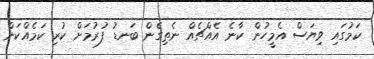
ކަމުގައި ވިޔަސް އެމީހުން ކާނެ އެއްޗެއް ނެތިގެން ބަނޑު ފުރުމަށް ކުރި ކަމެއްކަން